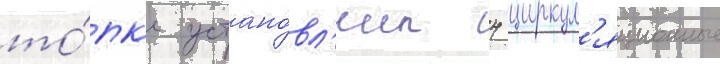
то́пк'е устано́вл'ены 4 циркул'яционные